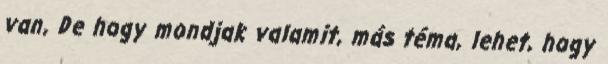
van, De hogy mondjak valamit, más téma, lehet, hogy